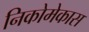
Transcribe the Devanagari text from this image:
निकोमेकास